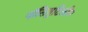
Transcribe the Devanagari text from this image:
पॉलिबुटिलीन